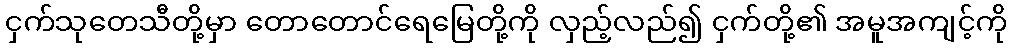
ငှက်သုတေသီတို့မှာ တောတောင်ရေမြေတို့ကို လှည့်လည်၍ ငှက်တို့၏ အမူအကျင့်ကို